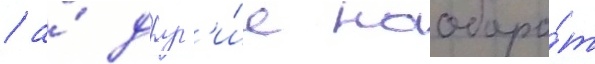
/ а́ друг'и́е наоборо́т